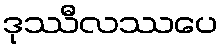
ဒုဿီလဿပေ